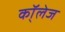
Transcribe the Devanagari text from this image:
कॉ्लेज